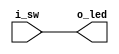
// Generated by MyHDL 0.11


`timescale 1ns/10ps

module switch (
    i_sw,
    o_led
);


input i_sw;
output o_led;
wire o_led;





assign o_led = i_sw;

endmodule